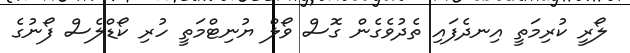
ލޯރީ ކުރިމަތީ އިނދެފައި ތެދުވެގެން ގޮސް ވޯލް ޔުނިޓްމަތީ ހުރި ކޯޑްލެސް ފޯނުގެ